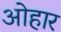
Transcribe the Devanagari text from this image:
ओहार